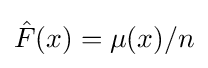
{\hat {F}}(x)=\mu (x)/n